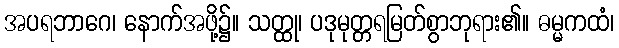
အပရဘာဂေ၊ နောက်အဖို့၌။ သတ္ထု၊ ပဒုမုတ္တရမြတ်စွာဘုရား၏။ ဓမ္မကထံ၊